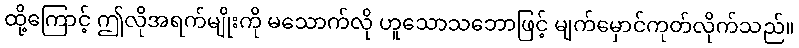
ထို့ကြောင့် ဤလိုအရက်မျိုးကို မသောက်လို ဟူသောသဘောဖြင့် မျက်မှောင်ကုတ်လိုက်သည်။